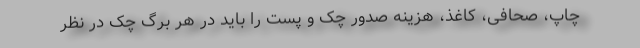
چاپ، صحافی، کاغذ، هزینه صدور چک و پست را باید در هر برگ چک در نظر